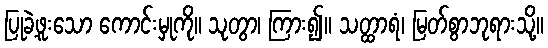
ပြုခဲ့ဖူးသော ကောင်းမှုကို။ သုတွာ၊ ကြား၍။ သတ္ထာရံ၊ မြတ်စွာဘုရားသို့။